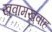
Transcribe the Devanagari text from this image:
ख़्वामख़्वाह